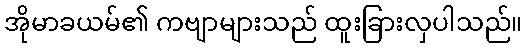
အိုမာခယမ်၏ ကဗျာများသည် ထူးခြားလှပါသည်။